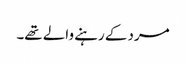
مرد کے رہنے والے تھے۔